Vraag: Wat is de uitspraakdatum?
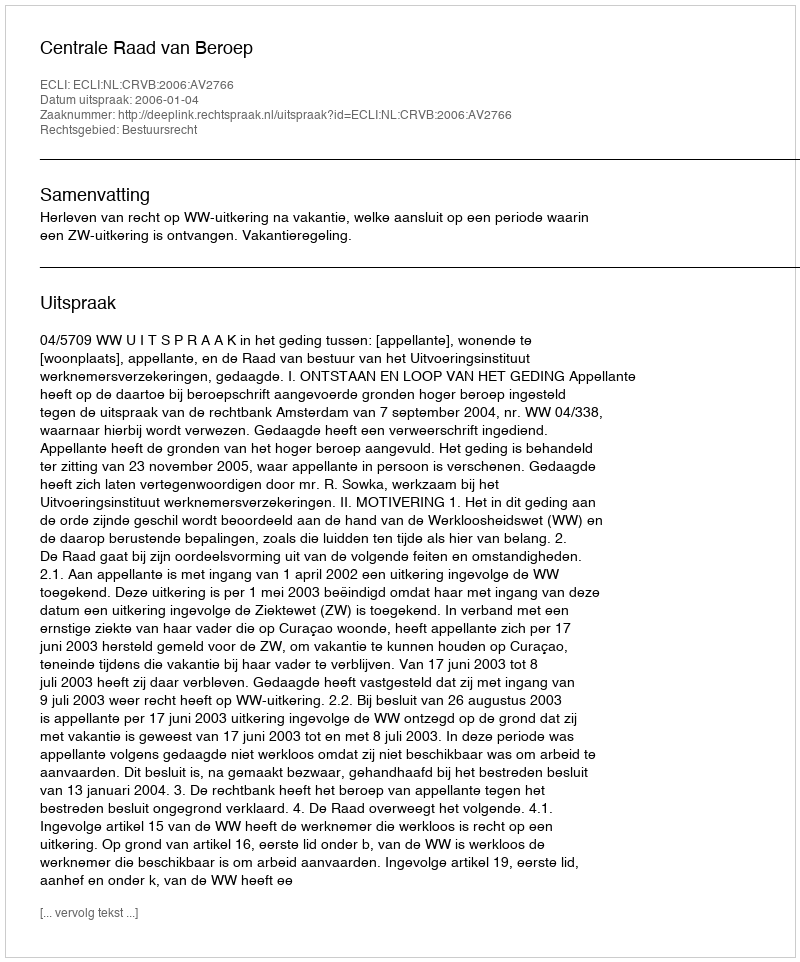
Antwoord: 2006-01-04